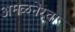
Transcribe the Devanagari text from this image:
अमळनेरचा